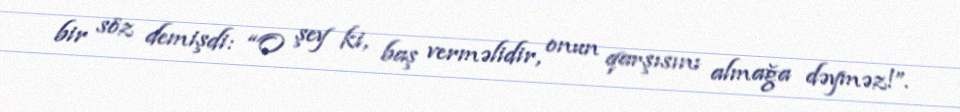
bir söz demişdi: “O şey ki, baş verməlidir, onun qarşısını almağa dəyməz!”.